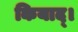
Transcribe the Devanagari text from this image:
कियाद्।